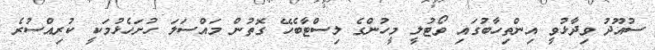
ސުއޫދު ވިދާޅުވީ އިންތިހާބުގައި ވޯޓުލީ މީހުންގެ ލިސްޓާބެހޭ ގޮތުން މައްސަލަ ހުށަހެޅުމަކީ ކުރިއްސުރެ